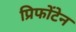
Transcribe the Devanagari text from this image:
प्रिफोंटेन